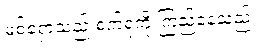
မစ်ရှောသည် စက်ရုံကို ကြည့်နေသည်။